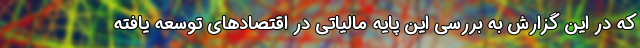
که در این گزارش به بررسی این پایه مالیاتی در اقتصادهای توسعه یافته